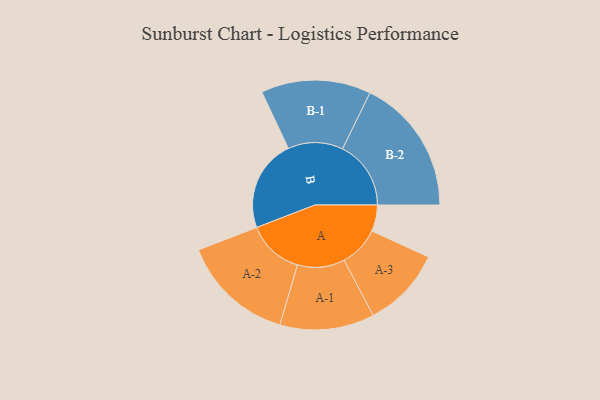
{"axis": {"x": "Segment", "y": "Value"}, "legend": ["", "A", "B"], "data": [{"x": "A", "y": 113, "type": ""}, {"x": "B", "y": 395, "type": ""}, {"x": "A-1", "y": 203, "type": "A"}, {"x": "A-2", "y": 242, "type": "A"}, {"x": "A-3", "y": 173, "type": "A"}, {"x": "B-1", "y": 236, "type": "B"}, {"x": "B-2", "y": 294, "type": "B"}]}